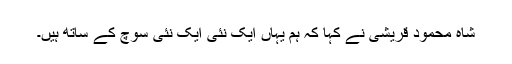
شاہ محمود قریشی نے کہا کہ ہم یہاں ایک نئی ایک نئی سوچ کے ساتھ ہیں۔